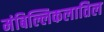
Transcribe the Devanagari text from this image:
मंबिल्लिकलातिल